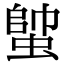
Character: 𧍓